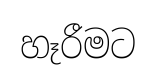
හෑරීමට